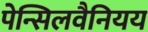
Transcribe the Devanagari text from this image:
पेन्सिलवैनियय